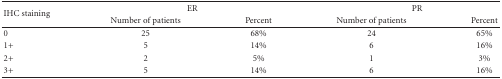
<table><thead><tr><td rowspan="2"><b>IHC staining</b></td><td colspan="2"><b> ER</b></td><td colspan="2"><b> PR</b></td></tr><tr><td><b>Number of patients</b></td><td><b>Percent</b></td><td><b>Number of patients</b></td><td><b>Percent</b></td></tr></thead><tbody><tr><td>0</td><td> 25</td><td>68%</td><td>24</td><td>65%</td></tr><tr><td>1+</td><td> 5</td><td>14%</td><td>6</td><td>16%</td></tr><tr><td>2+</td><td> 2</td><td>5%</td><td>1</td><td>3%</td></tr><tr><td>3+</td><td> 5</td><td>14%</td><td>6</td><td>16%</td></tr></tbody></table>